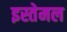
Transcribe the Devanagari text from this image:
इस्तेमल